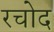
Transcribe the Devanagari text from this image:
रचोद